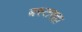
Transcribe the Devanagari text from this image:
बस्तरहा